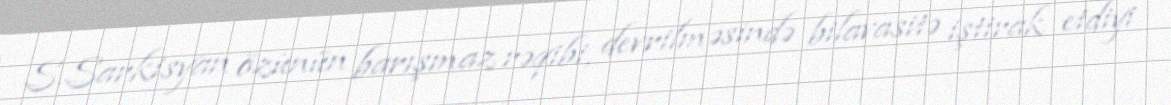
S.Sarkisyan özünün barışmaz rəqibi, devrilməsində bilavasitə iştirak etdiyi